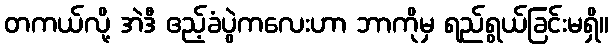
တကယ်လို့ အဲဒီ ဧည့်ခံပွဲကလေးဟာ ဘာကိုမှ ရည်ရွယ်ခြင်းမရှိ။